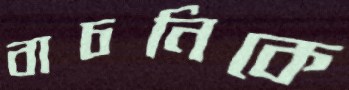
বাচনিকে